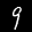
Label: 9